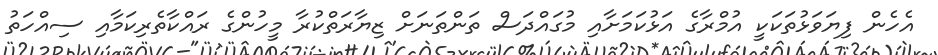
އެހެން ފިޔަވަޅުތަކަކީ އުމްރާގެ އަޅުކަމަށާއި މުގައްދަސް ތަންތަނަށް ޒިޔާރަތްކުރާ މީހުންގެ ރައްކާތެރިކަމާއި ސިއްހަތު